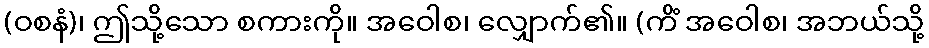
(ဝစနံ)၊ ဤသို့သော စကားကို။ အဝေါစ၊ လျှောက်၏။ (ကိံ အဝေါစ၊ အဘယ်သို့